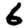
Digit: 6